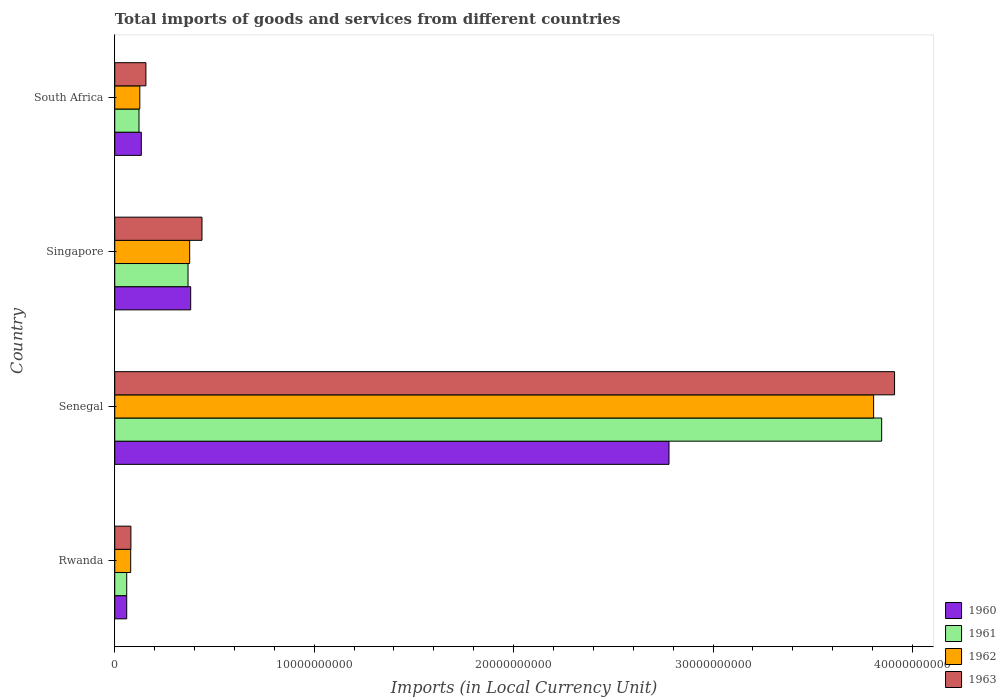
| Country | 1960 | 1961 | 1962 | 1963 |
 | --- | --- | --- | --- | --- |
 | Rwanda | 6e+08 | 6e+08 | 8e+08 | 8.1e+08 |
 | Senegal | 2.78e+10 | 3.85e+10 | 3.81e+10 | 3.91e+10 |
 | Singapore | 3.81e+09 | 3.67e+09 | 3.76e+09 | 4.37e+09 |
 | South Africa | 1.33e+09 | 1.22e+09 | 1.26e+09 | 1.56e+09 |